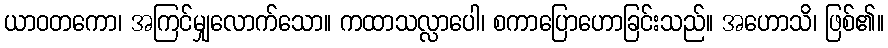
ယာဝတကော၊ အကြင်မျှလောက်သော။ ကထာသလ္လာပေါ၊ စကာပြောဟောခြင်းသည်။ အဟောသိ၊ ဖြစ်၏။